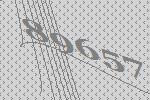
89657